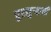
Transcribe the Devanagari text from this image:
चुरमुऱ्याची